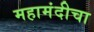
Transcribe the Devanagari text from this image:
महामंदीचा